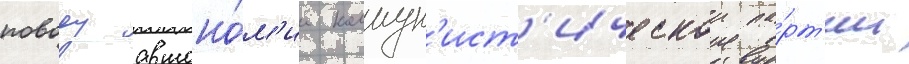
поводу автоно́м'ии коммун'ист'ическои па́рт'ии